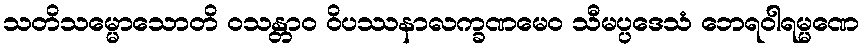
သတိသမ္မောသောတိ ဝသန္တာဝ ဝိပဿနာလက္ခဏမေဝ သီမပ္ပဒေသံ ဘေရဝါရမ္မဏေ